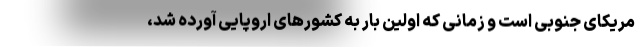
مریکای جنوبی است و زمانی که اولین بار به کشورهای اروپایی آورده شد،